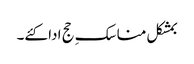
بمشکل مناسکِ حج ادا کئے۔